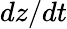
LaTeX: dz/dt